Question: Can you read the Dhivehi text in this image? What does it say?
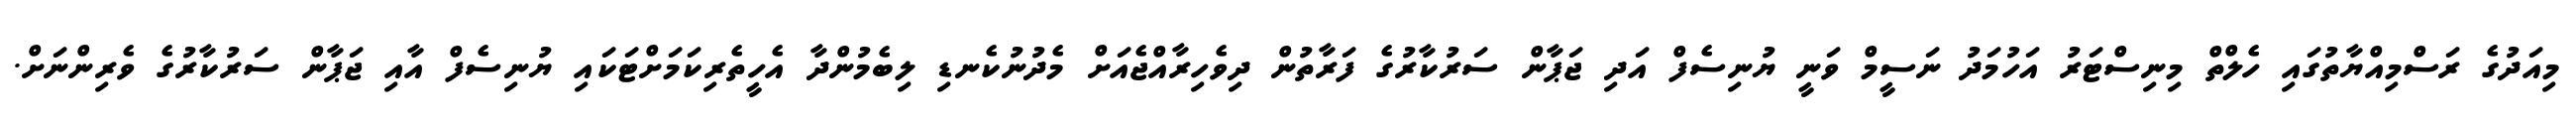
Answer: މިއަދުގެ ރަސްމިއްޔާތުގައި ހެލްތް މިނިސްޓަރު އަހުމަދު ނަސީމް ވަނީ ޔުނިސެފް އަދި ޖަޕާން ސަރުކާރުގެ ފަރާތުން ދިވެހިރާއްޖެއަށް މެދުނުކެނޑި ލިބެމުންދާ އެހީތެރިކަމަށްޓަކައި ޔުނިސެފް އާއި ޖަޕާން ސަރުކާރުގެ ވެރިންނަށް.